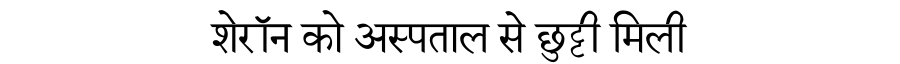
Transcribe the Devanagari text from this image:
शेरॉन को अस्पताल से छुट्टी मिली